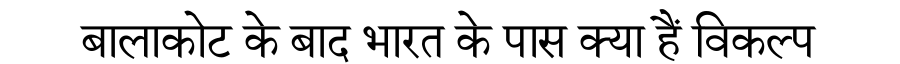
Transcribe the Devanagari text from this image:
बालाकोट के बाद भारत के पास क्या हैं विकल्प